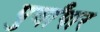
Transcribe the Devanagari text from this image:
पुर्वांपार